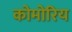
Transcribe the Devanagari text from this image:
कोमोरिय